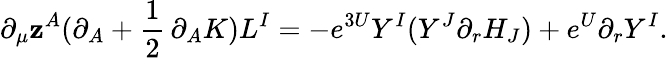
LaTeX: \partial_{\mu}\mathbf{z}^{A}(\partial_{A}+{\frac{{1}}{{2}}}\, \partial_{A}K)L^{I}=-e^{3U}Y^{I}({Y}^{J}\partial_{r}H_{J})+e^{U}\partial_{r}Y^{I}.